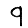
Digit: 9